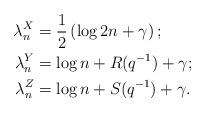
LaTeX: \begin{align*} \lambda_n^X &= \frac{1}{2}\left(\log 2n+\gamma\right);\\ \lambda_n^Y &= \log n + R(q^{-1}) + \gamma;\\ \lambda_n^Z &= \log n + S(q^{-1}) + \gamma. \end{align*}